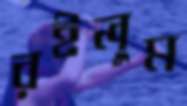
রইলুম